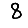
Digit: 8